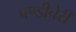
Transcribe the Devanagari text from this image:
पण्डीचेरी